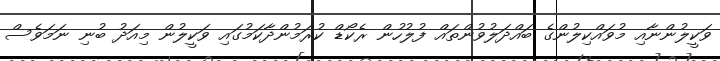
ވަކީލުންނާއި މުވައްކިލުންގެ ބައްދަލުވުންތައް ފުލުހުން ރެކޯޑް ކުރަމުންދާކަމުގައި ވަކީލުން މިއަދު ބުނި ނަމަވެސް